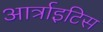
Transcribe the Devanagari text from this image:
आर्त्राइटिस